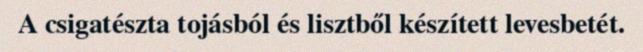
A csigatészta tojásból és lisztből készített levesbetét.